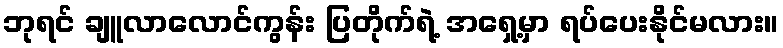
ဘုရင် ချူလာလောင်ကွန်း ပြတိုက်ရဲ့ အရှေ့မှာ ရပ်ပေးနိုင်မလား။